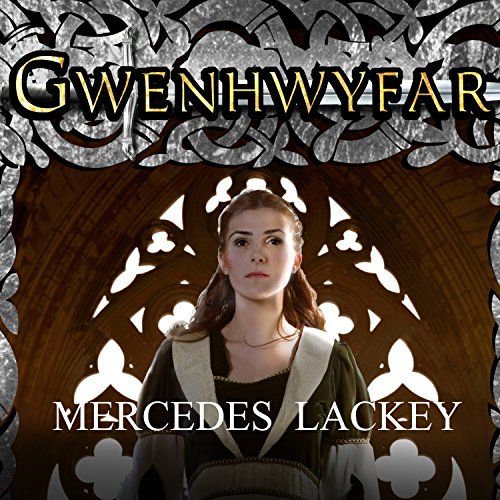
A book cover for Gwenhwyfar: The White Spirit (A Novel of King Arthur); Mercedes Lackey; Science Fiction & Fantasy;